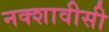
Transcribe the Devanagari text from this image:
नक्शावीसी